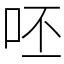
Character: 呸